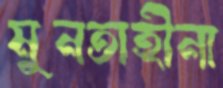
মুনতাহীনা